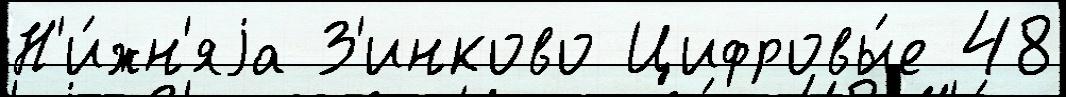
Н'и́жн'яjа З'инково Цифровы́е 48